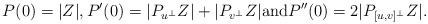
\begin{align*}P(0)=|Z|,P'(0)=|P_{u^\perp} Z|+ |P_{v^\perp} Z|\hbox{and}P''(0)=2|P_{[u,v]^\bot}Z|.\end{align*}